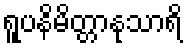
ရူပနိမိတ္တာနုသာရိ